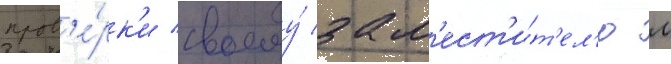
пров'е́рк'и своему́ зам'ест'и́т'ел'ю л